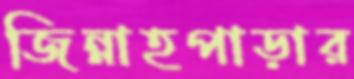
জিন্নাহপাড়ার